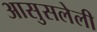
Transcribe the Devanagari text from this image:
आसुसलेली